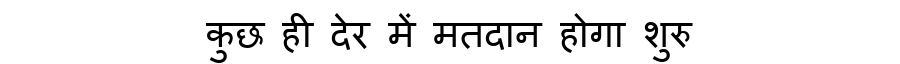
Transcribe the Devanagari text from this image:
कुछ ही देर में मतदान होगा शुरु